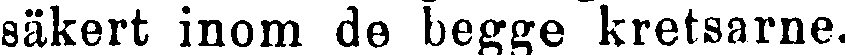
säkert inom de begge kretsarne.